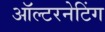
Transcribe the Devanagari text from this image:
ऑल्टरनेटिंग